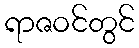
ရာဇဝင်တွင်